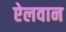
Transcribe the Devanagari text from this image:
ऐलवान